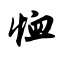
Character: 恤